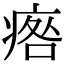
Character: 𤷑